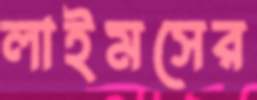
লাইমসের